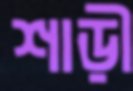
শাড়ী